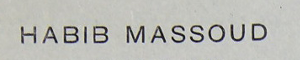
HABIB MASSOUD